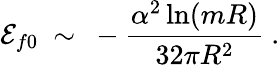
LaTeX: {\cal E}_{f0}\ \sim\ -\frac{\alpha^{2}\ln(mR)}{32\pi R^{2}}\ .